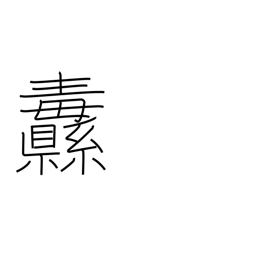
Meaning: banner